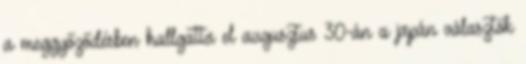
a meggyőződésben hallgatta el augusztus 30-án a japán választók